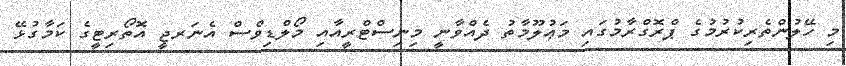
މި ހޭލުންތެރިކުރުމުގެ ޕްރޮގްރާމުގައި މަޢުލޫމާތު ދެއްވާނީ މިނިސްޓްރީއާއި މޯލްޑިވްސް އެނަރޖީ އޮތޯރިޓީގެ ކަމާގުޅޭ